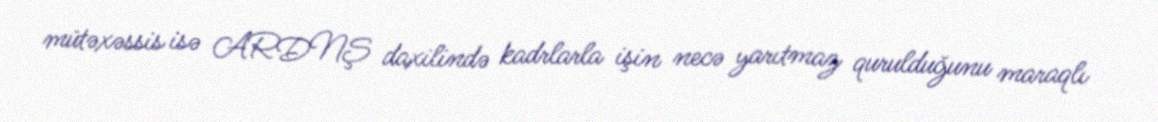
mütəxəssis isə ARDNŞ daxilində kadrlarla işin necə yarıtmaz qurulduğunu maraqlı